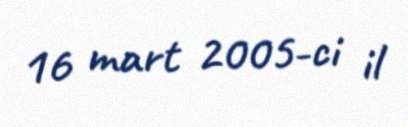
16 mart 2005-ci il